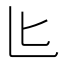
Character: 𪟨